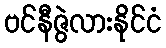
ဗင်နီဇွဲလားနိုင်ငံ